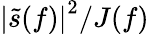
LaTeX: \left|\tilde{s}(f)\right|^{2}/J(f)